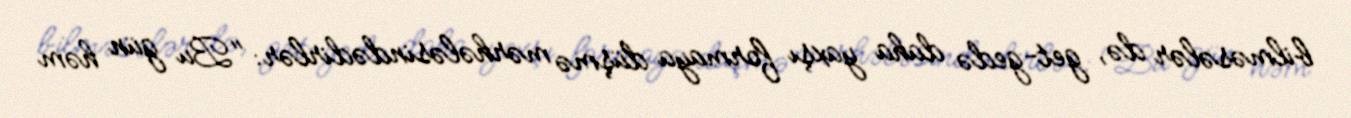
bilməsələr də, get-gedə daha yaxşı formaya düşmə mərhələsindədirlər: "Bu gün həm